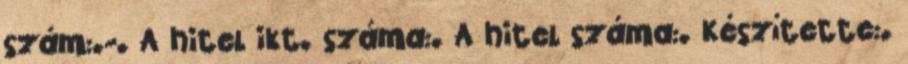
szám:.-. A hitel ikt. száma:. A hitel száma:. Készítette:.